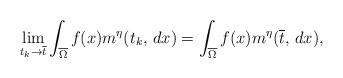
LaTeX: \begin{align*}\lim_{t_k\rightarrow \overline{t}} \int_{\overline{\Omega}} f(x) m^\eta(t_k,\,dx)=\int _{\overline{\Omega}} f(x) m^\eta(\overline{t},\,dx),\end{align*}